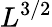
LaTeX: L^{3/2}